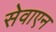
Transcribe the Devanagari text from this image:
सेवाएन